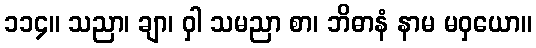
၁၁၄။ သညာ၊ ချာ၊ ဝှါ သမညာ စာ၊ ဘိဓာနံ နာမ မဝှယော။